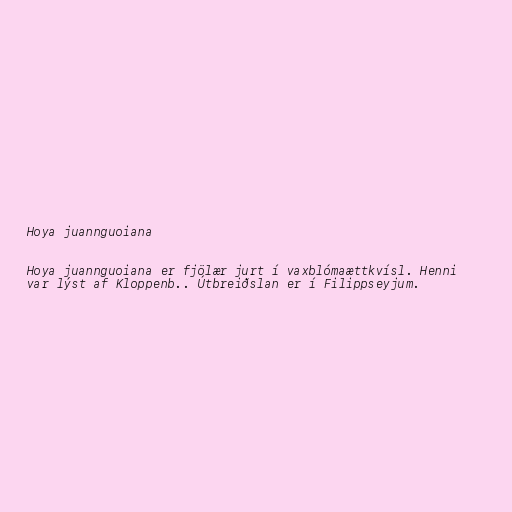
Hoya juannguoiana

Hoya juannguoiana er fjölær jurt í vaxblómaættkvísl. Henni
var lýst af Kloppenb.. Útbreiðslan er í Filippseyjum.